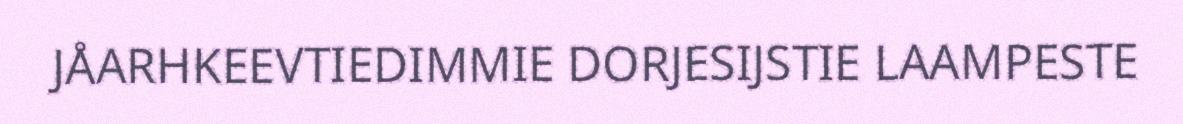
JÅARHKEEVTIEDIMMIE DORJESIJSTIE LAAMPESTE